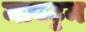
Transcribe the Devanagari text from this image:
मावट्टम